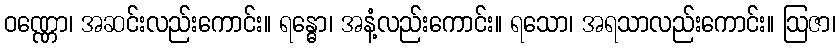
ဝဏ္ဏော၊ အဆင်းလည်းကောင်း။ ရန္ဓော၊ အနံ့လည်းကောင်း။ ရသော၊ အရသာလည်းကောင်း။ ဩဇာ၊